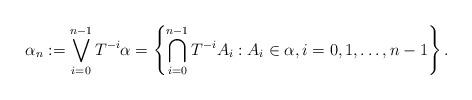
LaTeX: \begin{align*}\alpha_n := \bigvee^{n-1}_{i=0} T^{-i}\alpha = \left\{ \bigcap^{n-1}_{i=0} T^{-i}A_i : A_i \in \alpha, i=0, 1, \ldots, n-1 \right\}.\end{align*}